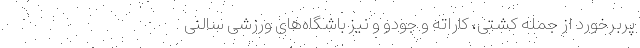
پربرخورد از جمله کشتی، کاراته و جودو و نیز باشگاه‌های ورزشی سالنی